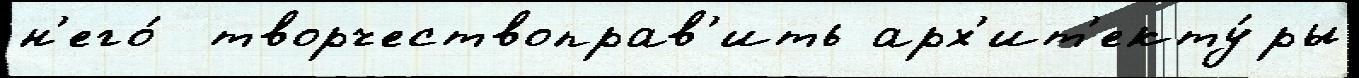
н'его́  творчествоправ'ить арх'ит'екту́ры